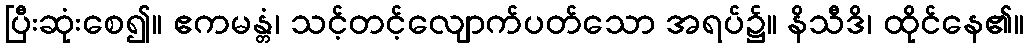
ပြီးဆုံးစေ၍။ ဧကမန္တံ၊ သင့်တင့်လျောက်ပတ်သော အရပ်၌။ နိသီဒိ၊ ထိုင်နေ၏။